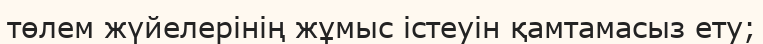
төлем жүйелерінің жұмыс істеуін қамтамасыз ету;